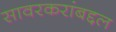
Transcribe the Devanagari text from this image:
सावरकरांबद्दल